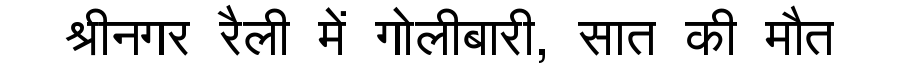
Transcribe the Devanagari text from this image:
श्रीनगर रैली में गोलीबारी, सात की मौत